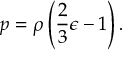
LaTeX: p = \rho \left( { \frac { 2 } { 3 } } \epsilon - 1 \right) .